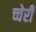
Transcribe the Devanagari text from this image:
च्चेरी